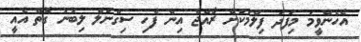
އެހެންވީމަ މިފަދަ ފިލްމަކަށް ރާއްޖެ އިން ފެހި ސިގްނަލް ލިބުނު ގޮތް އެއީ